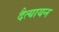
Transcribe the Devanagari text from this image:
दैत्यायन